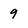
Character: 9